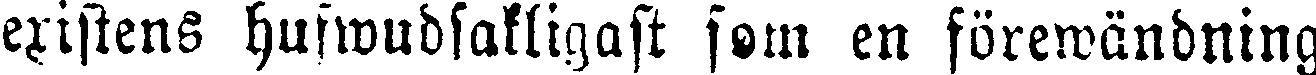
existens hufwudsakligast som en förewändning